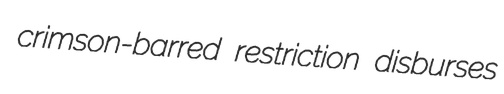
crimson-barred restriction disburses